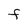
Character: f